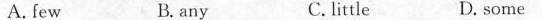
A. few B. any C. little D. some